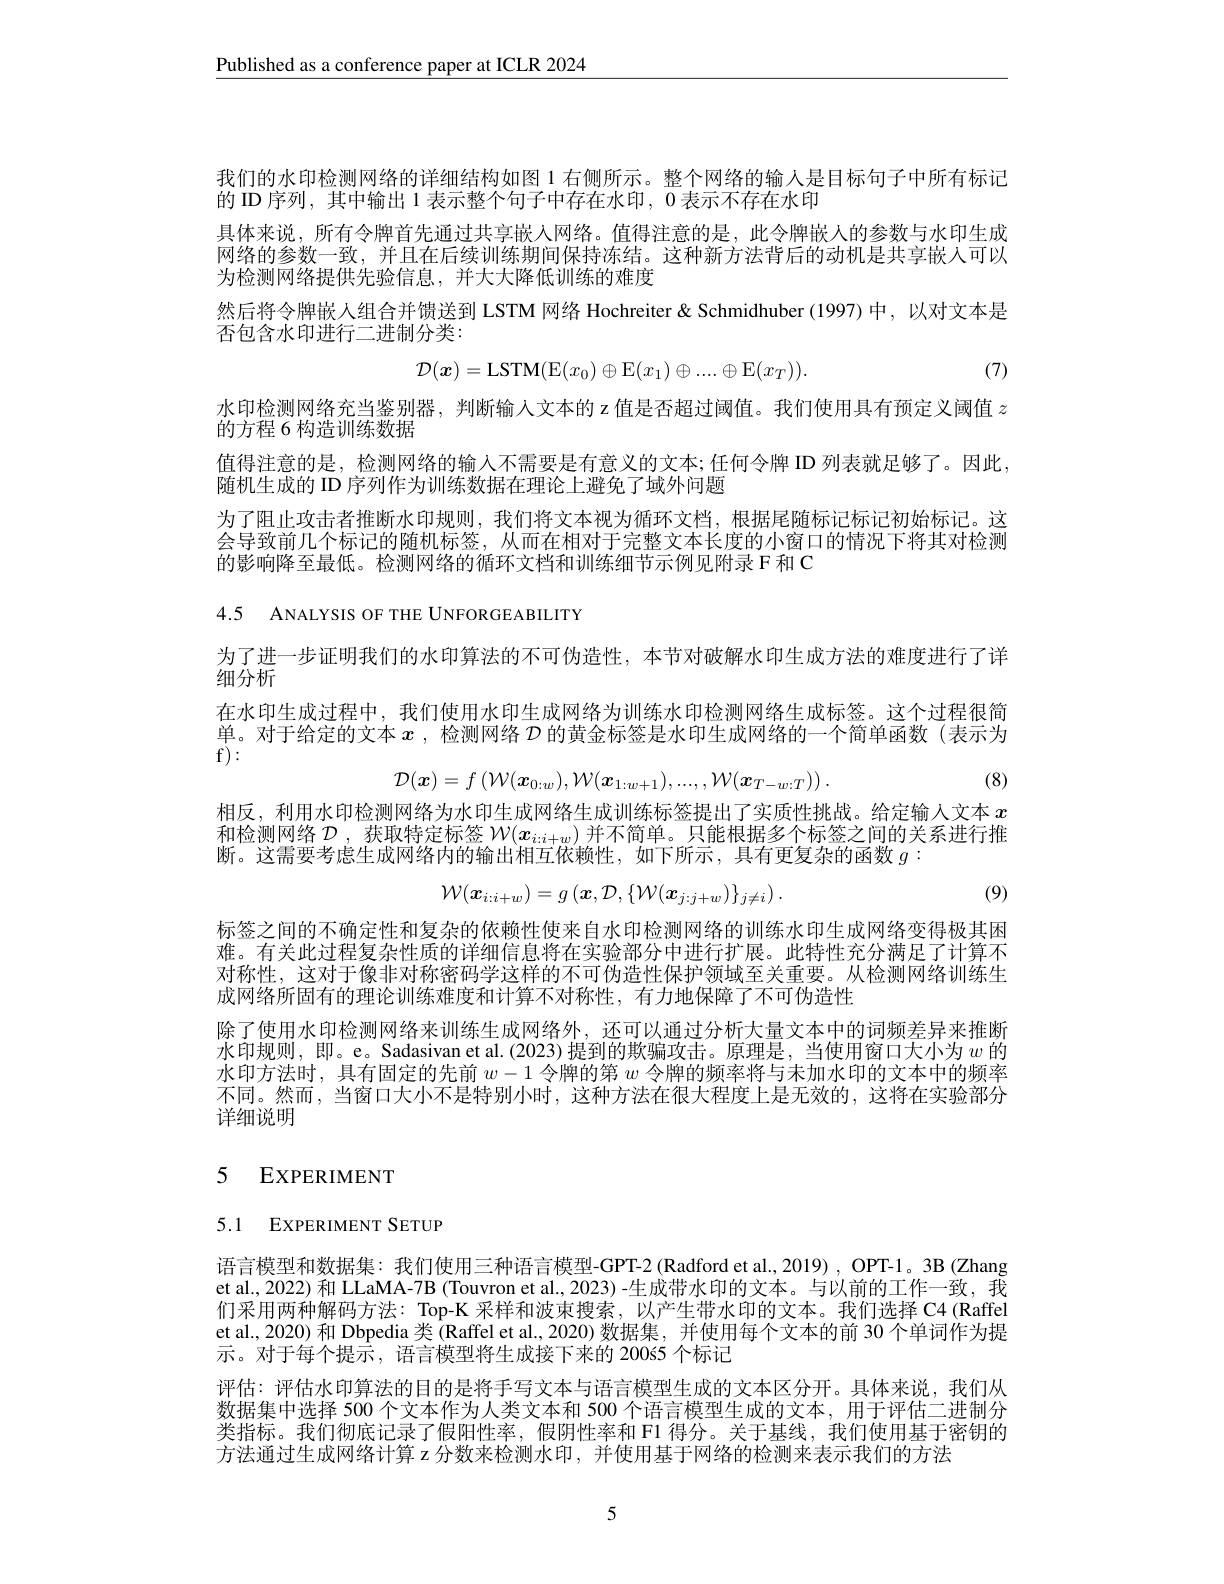
$\underline{\text{Published as a conference paper at ICLR 2024}}$

我们的水印检测网络的详细结构如图 1 右侧所示。整个网络的输入是目标句子中所有标记

的 ID 序列，其中输出 1 表示整个句子中存在水印，0表示不存在水印

具体来说，所有令牌首先通过共享嵌人网络。值得注意的是，此令牌嵌人的参数与水印生成

网络的参数一致，并且在后续训练期间保持冻结。这种新方法背后的动机是共享嵌人可以

为检测网络提供先验信息，并大大降低训练的难度

然后将令牌嵌人组合并馈送到 LSTM 网络 Hochreiter & Schmidhuber (1997)中，以对文本是

否包含水印进行二进制分类：
$$\mathcal{D}(\boldsymbol{x})=\mathrm{LSTM}(\mathrm{E}(x_0)\oplus\mathrm{E}(x_1)\oplus....\oplus\mathrm{E}(x_T)).$$
(7)

水印检测网络充当鉴别器，判断输入文本的 z 值是否超过阈值。我们使用具有预定义阈值$z$

的方程 6 构造训练数据

值得注意的是，检测网络的输入不需要是有意义的文本；任何令牌 ID 列表就足够了。因此，

随机生成的 ID 序列作为训练数据在理论上避免了域外问题

为了阻止攻击者推断水印规则，我们将文本视为循环文档，根据尾随标记标记初始标记。这

会导致前几个标记的随机标签，从而在相对于完整文本长度的小窗口的情况下将其对检测

的影响降至最低。检测网络的循环文档和训练细节示例见附录 F 和 C

4.5 ANALYSIS OF THE UNFORGEABILITY

为了进一步证明我们的水印算法的不可伪造性，本节对破解水印生成方法的难度进行了详
$\hat{\text{细分析}}$
在水印生成过程中，我们使用水印生成网络为训练水印检测网络生成标签。这个过程很简单。对于给定的文本$x$ ,检测网络$\mathcal{D}$的黄金标签是水印生成网络的一个简单函数(表示为$f):$
$$\mathcal{D}(\boldsymbol{x})=f\left(\mathcal{W}(\boldsymbol{x}_{0:w}),\mathcal{W}(\boldsymbol{x}_{1:w+1}),...,,\mathcal{W}(\boldsymbol{x}_{T-w:T})\right).$$
(8)

相反，利用水印检测网络为水印生成网络生成训练标签提出了实质性挑战。给定输入文本$x$ 和检测网络$\mathcal{D}$ ,获取特定标签$\mathcal{W}(x_{i:i+w})$并不简单。只能根据多个标签之间的关系进行推断。这需要考虑生成网络内的输出相互依赖性，如下所示，具有更复杂的函数$g:$
$$\mathcal{W}(\boldsymbol{x}_{i:i+w})=g\left(\boldsymbol{x},\mathcal{D},\{\mathcal{W}(\boldsymbol{x}_{j:j+w})\}_{j\neq i}\right).$$
(9)

标签之间的不确定性和复杂的依赖性使来自水印检测网络的训练水印生成网络变得极其困难。有关此过程复杂性质的详细信息将在实验部分中进行扩展。此特性充分满足了计算不对称性，这对于像非对称密码学这样的不可伪造性保护领域至关重要。从检测网络训练生成网络所固有的理论训练难度和计算不对称性，有力地保障了不可伪造性

除了使用水印检测网络来训练生成网络外，还可以通过分析大量文本中的词频差异来推断水印规则，即。e。Sadasivan et al.(2023)提到的欺骗攻击。原理是，当使用窗口大小为$w$的水印方法时，具有固定的先前$w-1$令牌的第$w$令牌的频率将与未加水印的文本中的频率不同。然而，当窗口大小不是特别小时，这种方法在很大程度上是无效的，这将在实验部分详细说明

# 5 EXPERIMENT

# 5.1 EXPERIMENT SETUP

语言模型和数据集：我们使用三种语言模型-GPT-2 (Radford et al., 2019) , OPT-1。3B (Zhang et al., 2022) 和 LLaMA-7B (Touvron et al., 2023) -生成带水印的文本。与以前的工作一致，我们采用两种解码方法：Top-K 采样和波束搜索，以产生带水印的文本。我们选择 C4(Raffel et al., 2020) 和 Dbpedia 类 (Raffel et al., 2020) 数据集，并使用每个文本的前 30 个单词作为提示。对于每个提示，语言模型将生成接下来的 200ś5 个标记
评估：评估水印算法的目的是将手写文本与语言模型生成的文本区分开。具体来说，我们从数据集中选择 500 个文本作为人类文本和 500 个语言模型生成的文本，用于评估二进制分类指标。我们彻底记录了假阳性率，假阴性率和 F1 得分。关于基线，我们使用基于密钥的方法通过生成网络计算 z 分数来检测水印 , 并使用基于网络的检测来表示我们的方法

5